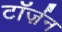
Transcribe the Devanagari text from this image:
टॉर्ज़न